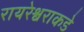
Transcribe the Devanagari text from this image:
रायरेश्वराकडे